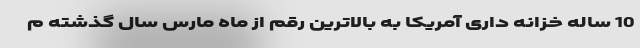
10 ساله خزانه داری آمریکا به بالاترین رقم از ماه مارس سال گذشته م